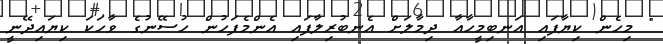
" މިހެން ކިޔާފައި އަނބިމީހާއާ ދިމާލަށް އެނބުރިލާފައި އެންމެފަހުން ހުސޭނުގެ ވާހަކަ ކިޔައިދޭނީ